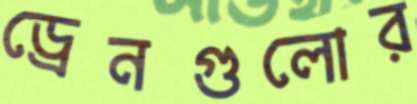
ড্রেনগুলোর